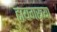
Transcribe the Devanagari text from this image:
टायगरच्या